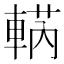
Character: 𨌣